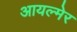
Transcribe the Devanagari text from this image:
आयल्मेर